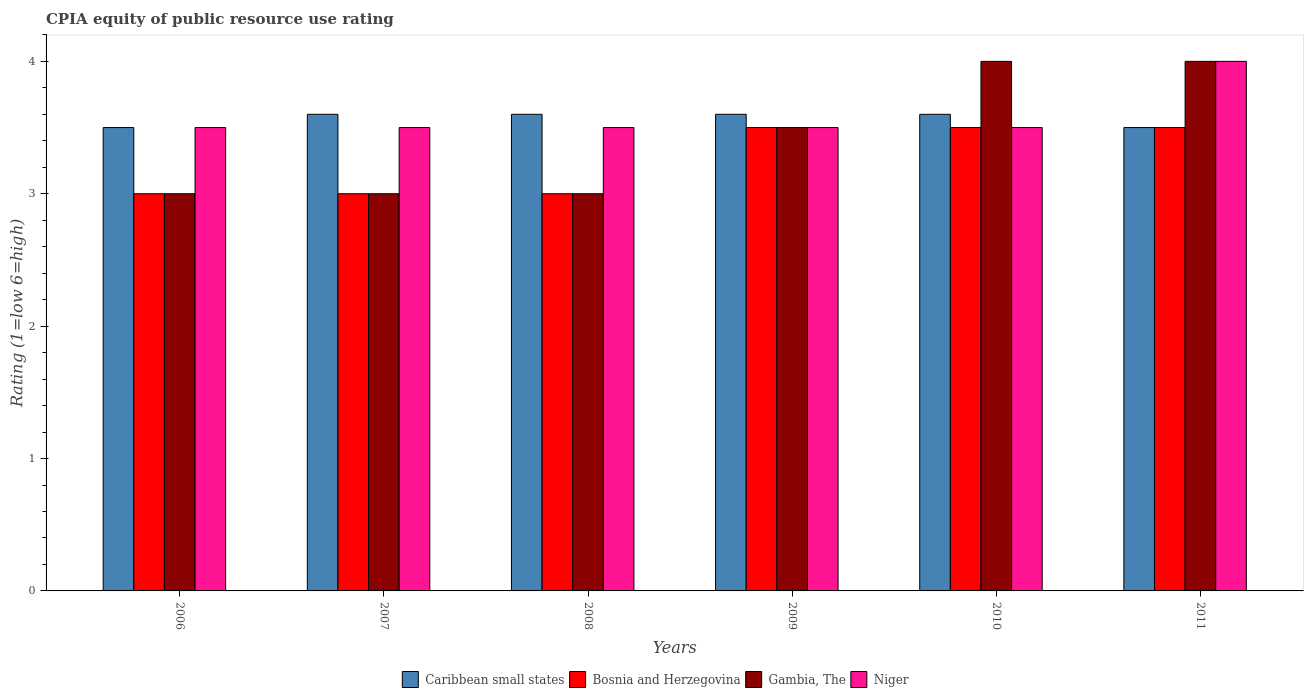
| Years | Caribbean small states | Bosnia and Herzegovina | Gambia, The | Niger |
 | --- | --- | --- | --- | --- |
 | 2006 | 3.5 | 3 | 3 | 3.5 |
 | 2007 | 3.6 | 3 | 3 | 3.5 |
 | 2008 | 3.6 | 3 | 3 | 3.5 |
 | 2009 | 3.6 | 3.5 | 3.5 | 3.5 |
 | 2010 | 3.6 | 3.5 | 4 | 3.5 |
 | 2011 | 3.5 | 3.5 | 4 | 4 |